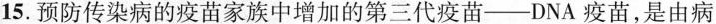
15.预防传染病的疫苗家族中增加的第三代疫苗--DNA疫苗，是由病